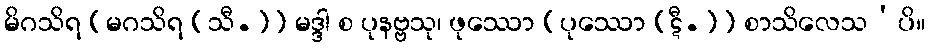
မိဂသိရ [မဂသိရ (သီ.)] မဒ္ဒါ စ ပုနဗ္ဗသု၊ ဖုဿော [ပုဿော (ဋီ.)] စာသိလေသ’ပိ။